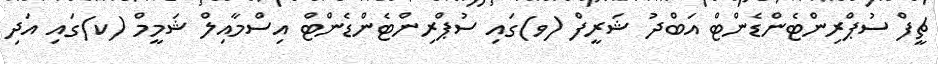
ޗީފް ސުޕްރިންޓެންޑެންޓް އަބްދު ޝަރީފް (ވ)ގައި ސުޕްރިންޓެންޑެންޓް އިސްމާއިލް ޝަމީމް (ކ)ގައި އަދި